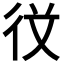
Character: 𭛣